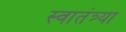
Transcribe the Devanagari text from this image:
स्वातंत्र्या